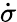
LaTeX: \dot{\sigma}